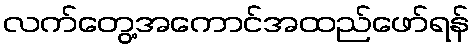
လက်တွေ့အကောင်အထည်ဖော်ရန်